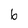
Character: 6